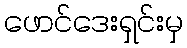
ဖောင်ဒေးရှင်းမှ